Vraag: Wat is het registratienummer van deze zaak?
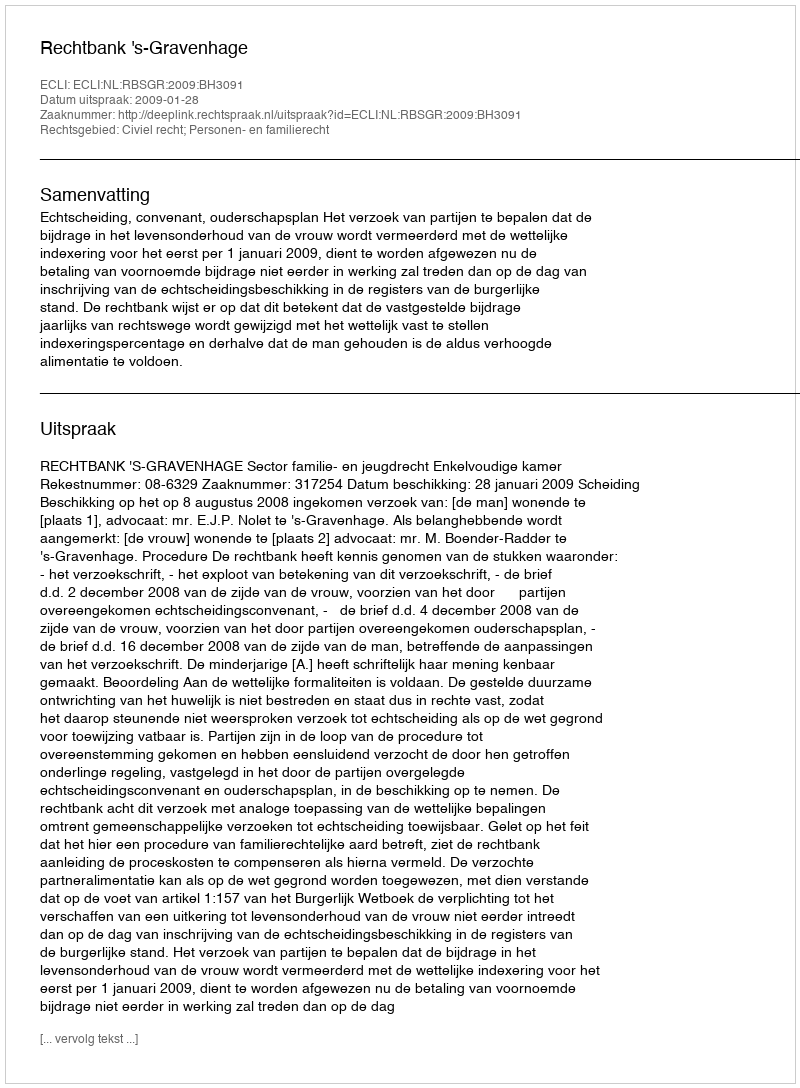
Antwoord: http://deeplink.rechtspraak.nl/uitspraak?id=ECLI:NL:RBSGR:2009:BH3091